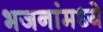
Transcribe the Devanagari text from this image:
भजनांमध्ये